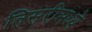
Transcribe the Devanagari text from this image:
तिसरीमध्ये